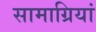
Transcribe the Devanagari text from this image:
सामाग्रियां